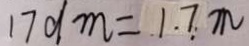
1 7 d m = 1 . 7 m